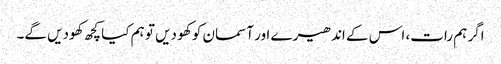
اگر ہم رات، اس کے اندھیرے اور آسمان کو کھو دیں تو ہم کیا کچھ کھودیں گے۔